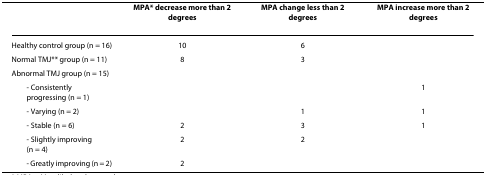
|  | MPA* decrease more than 2 degrees | MPA change less than 2 degrees | MPA increase more than 2 degrees |
 | --- | --- | --- | --- |
 | Healthy control group (n = 16) | 10 | 6 |  |
 | Normal TMJ** group (n = 11) | 8 | 3 |  |
 | Abnormal TMJ group (n = 15) |  |  |  |
 | - Consistently progressing (n = 1) |  |  | 1 |
 | - Varying (n = 2) |  | 1 | 1 |
 | - Stable (n = 6) | 2 | 3 | 1 |
 | - Slightly improving (n = 4) | 2 | 2 |  |
 | - Greatly improving (n = 2) | 2 |  |  |